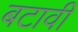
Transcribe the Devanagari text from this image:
बटावी